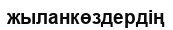
жыланкөздердің